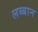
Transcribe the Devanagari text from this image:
लब्बान